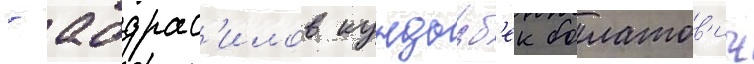
- абдрас'илов кундызб'ек болатов'ич